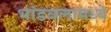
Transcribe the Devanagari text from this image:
भांडवलामध्ये